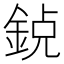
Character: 𨦸